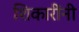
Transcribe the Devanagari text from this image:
शिकारींनी